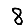
Digit: 8